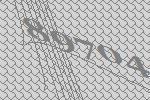
89704